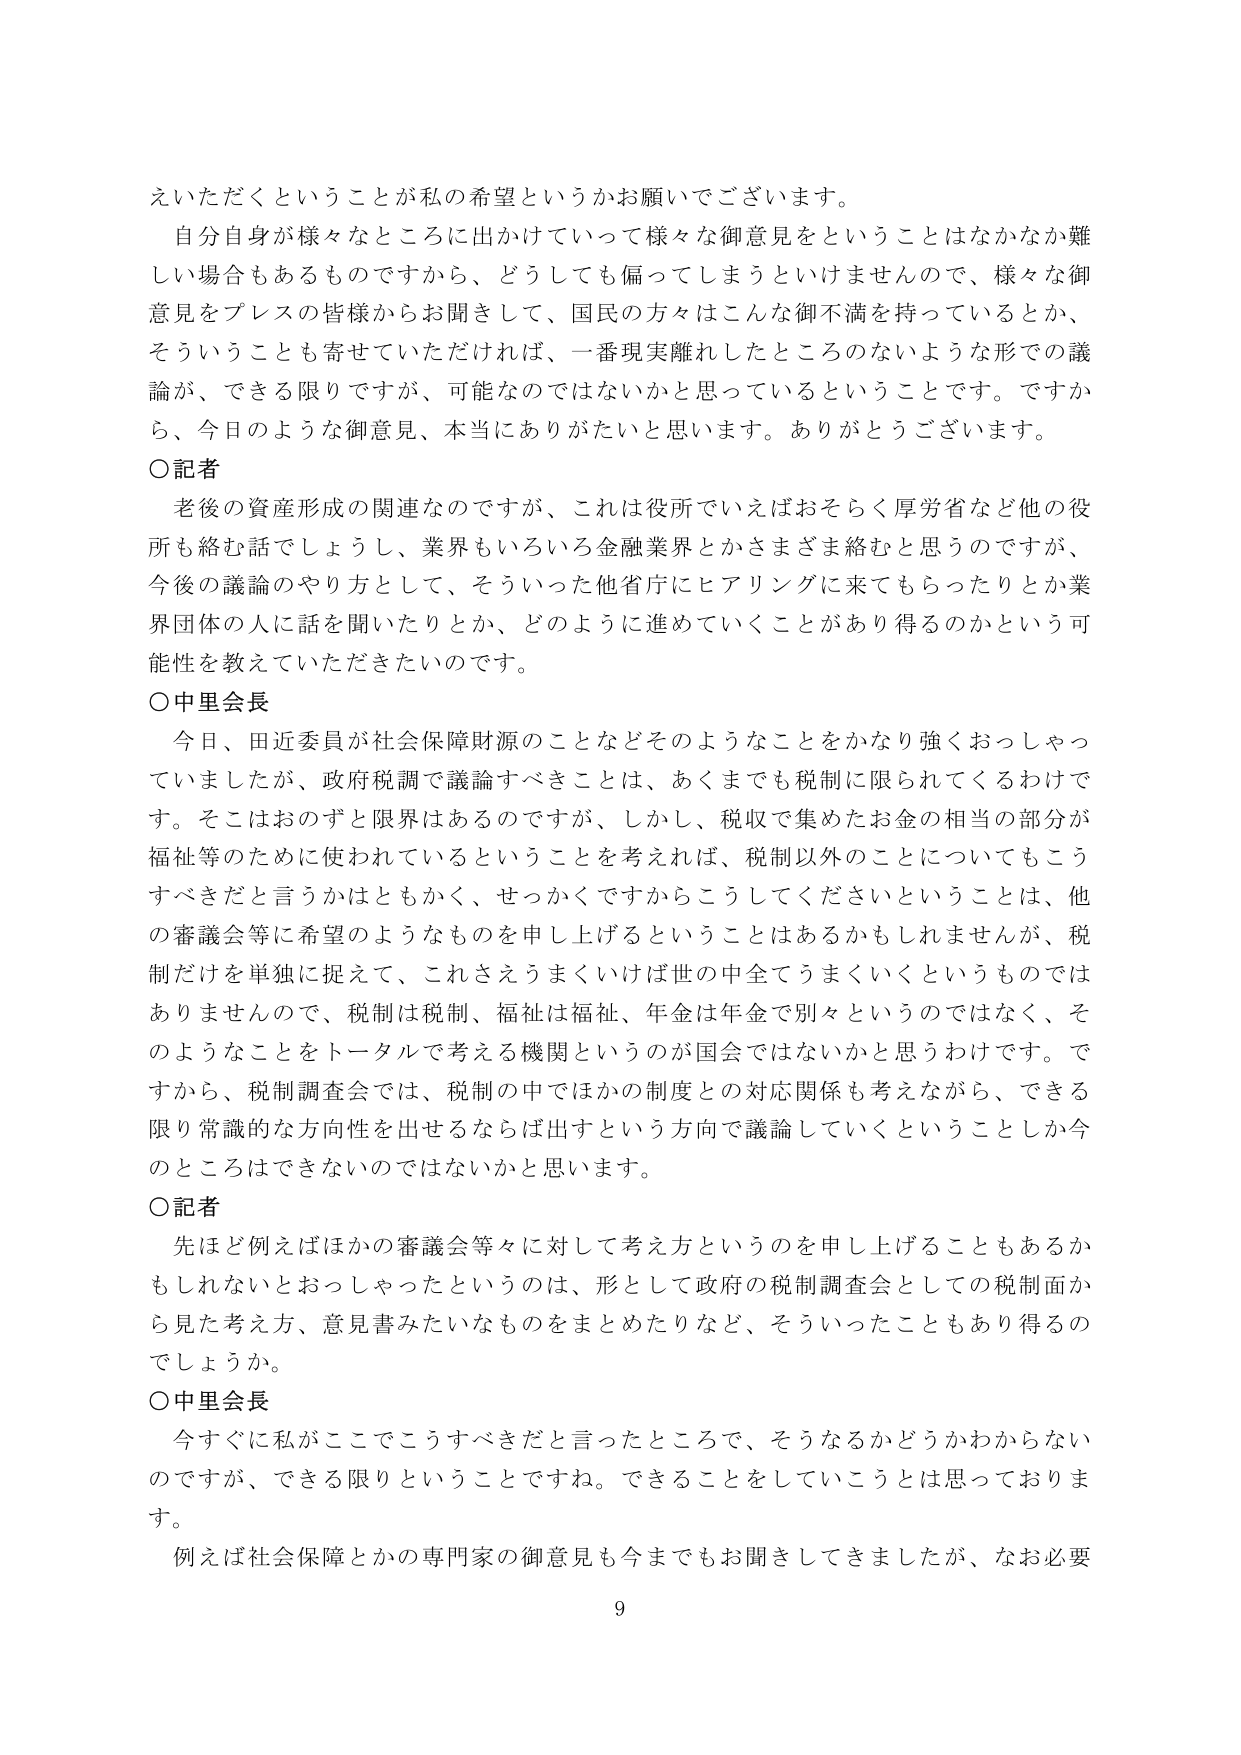
えいただくということが私の希望というかお願いでございます。

自分自身が様々なところに出かけていって様々な御意見をということはなかなか難しい場合もあるものですから、どうしても偏ってしまうといけませんので、様々な御意見をプレスの皆様からお聞きして、国民の方々はこんな御不満を持っているとか、そういうことも寄せていただければ、一番現実離れしたところのないような形での議論が、できる限りですが、可能なのではないかと思っているということです。ですから、今日のような御意見、本当にありがたいと思います。ありがとうございます。

〇記者
老後の資産形成の関連なのですが、これは役所でいえばおそらく厚労省など他の役所も絡む話でしょうし、業界もいろいろ金融業界とかさまざま絡むと思うのですが、今後の議論のやり方として、そういった他省庁にヒアリングに来てもらったりとか業界団体の人に話を聞いたりとか、どのように進めていくことがあり得るのかという可能性を教えていただきたいのです。

〇中里会長
今日、田辺委員が社会保障財源のことなどそのようなことをかなり強くおっしゃっていましたが、政府税調で議論すべきことは、あくまでも税制に限られてくるわけです。そこはおのずと限界はあるのですが、しかし、税収で集めたお金の相当の部分が福祉等のために使われているということを考えれば、税制以外のことについてもこうすべきだと言うかはともかく、せっかくですからこうしてくださいということは、他の審議会等に希望のようなものを申し上げるということはあるかもしれませんが、税制だけを単独に捉えて、これさえうまくいけば世の中全てうまくいくというものではありませんので、税制は税制、福祉は福祉、年金は年金で別々というのではなく、そのようなことをトータルで考える機関というのが国会ではないかと思うわけです。ですから、税制調査会では、税制の中ではほかの制度との対応関係も考えながら、できる限り常識的な方向性を出せるならば出すという方向で議論していくということしか今のところはできないのではないかと思います。

〇記者
先ほど例えばほかの審議会等々に対して考え方というのを申し上げることもあるかもしれないおっしゃったというのは、形として政府の税制調査会としての税制面から見た考え方、意見書みたいなものをまとめたりなど、そういったこともあり得のでしょうか。

〇中里会長
今すぐに私がここでこうすべきだと言ったところで、そうなるかどうかわからないのですが、できる限りということですね。できることをしていこうと思っております。

例えば社会保障とかの専門家の御意見も今までもお聞きしてきましたが、なお必要

9